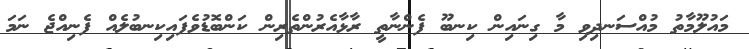
މައުލޫމާތު މުއްސަނދިވި މާ ގިނައިން ކިނބޫ ފެންނާތީ ރާޅާއެރުންތެރިން ކަންބޮޑުވެފައިކިނބުލެއް ފެނިއްޖެ ނަމަ